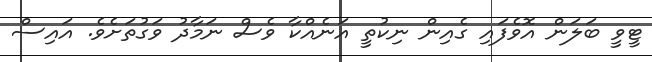
ޓީވީ ބަލަން އޮވެފައި ގެއިން ނިކުތީ އަނެއްކާ ވެސް ނަމާދު ވަގުތަށެވެ. އައިސް